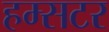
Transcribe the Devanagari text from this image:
हम्सटर